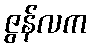
ဇွန်လက